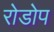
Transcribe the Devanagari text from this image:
रोडोप